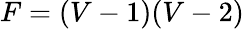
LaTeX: F=(V-1)(V-2)